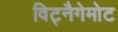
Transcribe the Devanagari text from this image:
विट्नैगेमोट